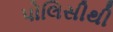
પોલિસીથી